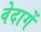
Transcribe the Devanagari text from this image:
वेदागें